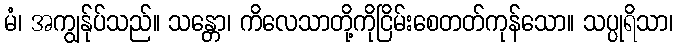
မံ၊ အကျွန်ုပ်သည်။ သန္တော၊ ကိလေသာတို့ကိုငြိမ်းစေတတ်ကုန်သော။ သပ္ပုရိသာ၊